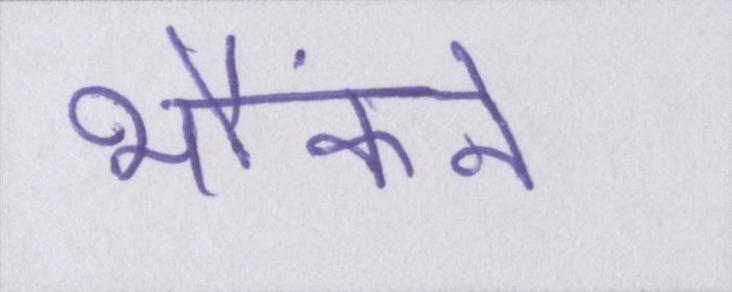
भौंकने